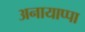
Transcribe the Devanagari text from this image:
अनायाप्पा